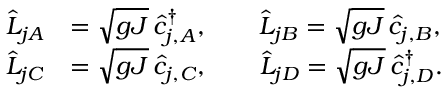
\begin{array} { r l } { \hat { L } _ { j A } } & { = \sqrt { g J } \, \hat { c } _ { j , A } ^ { \dagger } , \qquad \hat { L } _ { j B } = \sqrt { g J } \, \hat { c } _ { j , B } , } \\ { \hat { L } _ { j C } } & { = \sqrt { g J } \, \hat { c } _ { j , C } , \qquad \hat { L } _ { j D } = \sqrt { g J } \, \hat { c } _ { j , D } ^ { \dagger } . } \end{array}